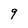
Character: 9